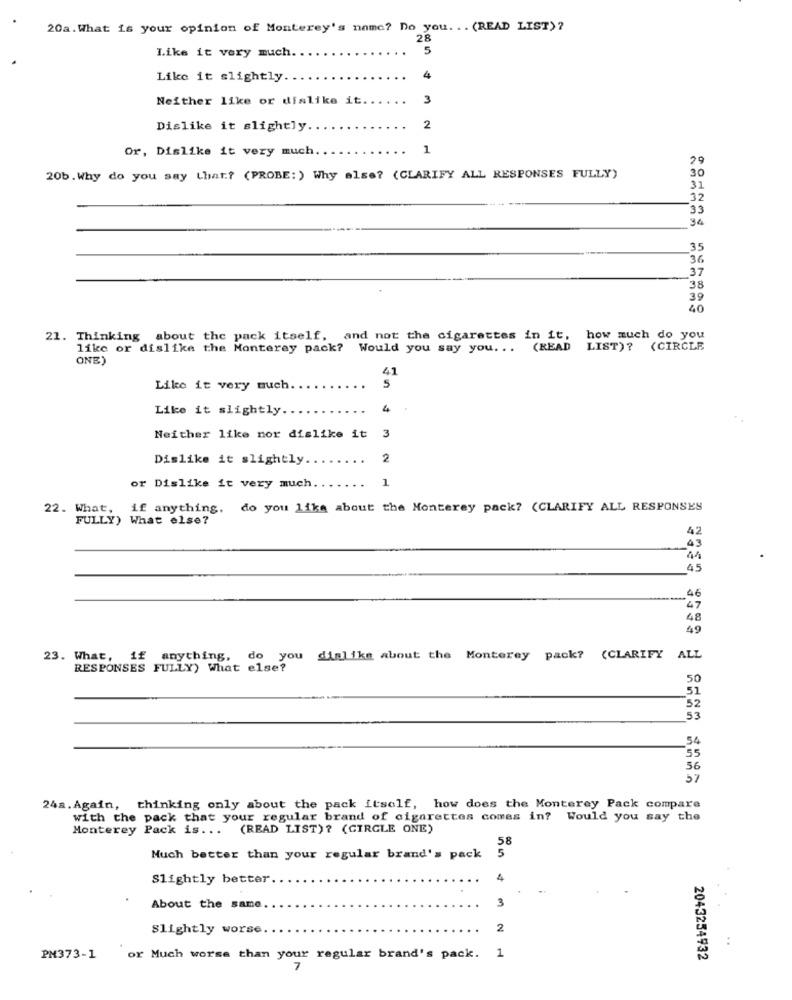
20a.What is your opinion of Monterey's name? Do you. . . (READ LIST) ?
28
Like it very much.
5
Like it slightly ..
4
Neither like or dislike it.
3
Dislike it slightly
2
Or, Dislike it very much
1
29
20b.Why do you say that? (PROBE: ) Why alse? (CLARIFY ALL RESPONSES FULLY)
30
31
32
33
35
36
37
38
39
40
21. Thinking about the pack itself, and not the cigarettes in it,
how much do you
like or dislike the Monterey pack? Would you say you ... (READ
LIST)? (CIRCLE
ONE)
41
Like it very much
5
Like it slightly
4
Neither like nor dislike it 3
Dislike it slightly.
2
or Dislike it very much.
1
22. What,
if anything, do you like about the Monterey pack? (CLARIFY ALL RESPONSES
FULLY) What else?
42
43
41
45
46
47
48
49
23. What, 1£
anything,
do you dislike about the Monterey pack? (CLARIFY
ALL
RESPONSES FULLY) What else?
50
51
52
53
54
55
56
57
24a. Again, thinking only about the pack itself, how does the Monterey Pack compare
with the pack that your regular brand of cigarettes comes in? Would you say the
Monterey Pack is ...
(READ LIST)? (GIRGLE ONE)
58
5
Much better than your regular brand's pack
Slightly better
4
About the same
Slightly worse
2
..
PM373-1 or Much worse than your regular brand's pack. 1
2043254932